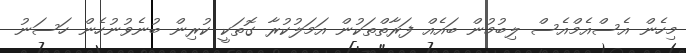
މިހެން އެސްއެމްއެސް ލިބުމުން ބައެއް ފަރާތްތަކުން އަމަލުކުރާ ގޮތަކީ ކުރިން ބުނެވުނުހެން ހަސަނު